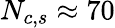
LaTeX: N_{c,s}\approx 70